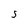
Character: S